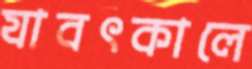
যাবৎকালে